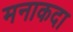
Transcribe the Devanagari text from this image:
मनाकदा